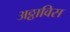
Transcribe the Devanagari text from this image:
अठ्ठाविस